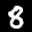
Label: 8